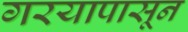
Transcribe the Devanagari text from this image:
गरयापासून